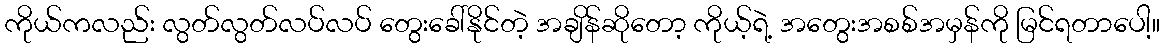
ကိုယ်ကလည်း လွတ်လွတ်လပ်လပ် တွေးခေါ်နိုင်တဲ့ အချိန်ဆိုတော့ ကိုယ့်ရဲ့ အတွေးအစစ်အမှန်ကို မြင်ရတာပေါ့။